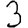
Digit: 3